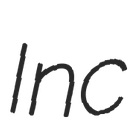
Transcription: Inc